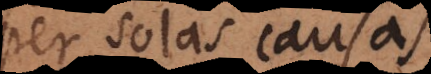
per solas causas